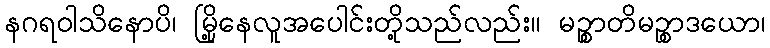
နဂရဝါသိနောပိ၊ မြို့နေလူအပေါင်းတို့သည်လည်း။ မဉ္စာတိမဉ္စာဒယော၊